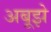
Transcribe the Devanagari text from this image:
अबूझे